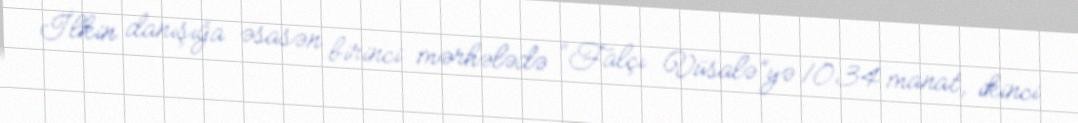
İlkin danışığa əsasən birinci mərhələdə “Falçı Vüsalə”yə 1034 manat, ikinci